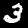
Label: 3